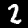
Digit: 2